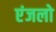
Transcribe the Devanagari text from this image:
एंजलो